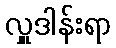
လှူဒါန်းရာ